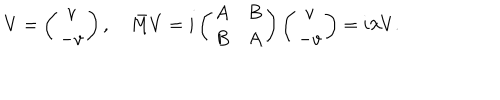
LaTeX: V = \left( \begin{matrix} { { v } } \\ { { - v } } \\ \end{matrix} \right) , \quad \bar { M } V = i \left( \begin{matrix} { { A } } & { { B } } \\ { { B } } & { { A } } \\ \end{matrix} \right) \left( \begin{matrix} { { v } } \\ { { - v } } \\ \end{matrix} \right) = i \lambda V .